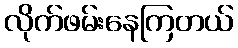
လိုက်ဖမ်းနေကြတယ်